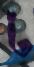
ট